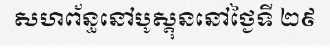
សហព័ន្ធនៅបូស្តុននៅថ្ងៃទី ២៩